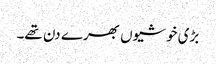
بڑی خوشیوں بھرے دن تھے۔